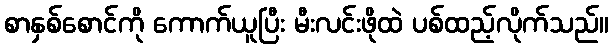
စာနှစ်စောင်ကို ကောက်ယူပြီး မီးလင်းဖိုထဲ ပစ်ထည့်လိုက်သည်။